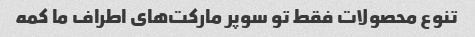
تنوع محصولات فقط تو سوپر مارکت‌های اطراف ما کمه